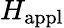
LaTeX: H_{\mathrm{appl}}